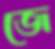
জে